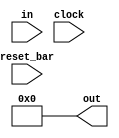
module Program_Counter(input[10:0] in, output reg[10:0] out, input clock, input reset_bar);

reg hold;

initial
begin
	// First instruction at 0
	out = 11'h0;

	// Wait 1 first time by, prevents adder from incrementing on first
	// posedge (skipping instruction at program_memory[0]).
	 hold = 1'b1;
end

always @(negedge clock)
begin
	if (reset_bar)
	begin
		if (hold)
		begin
			out = 11'h0;
			hold = 1'b0;
		end
		else  // wait one clock cycle before serving in
			out = in;
	end
end

// Reinitialize on reset
always @(negedge reset_bar)
begin
	out = 11'h0;
	hold = 1'b1;
end

endmodule